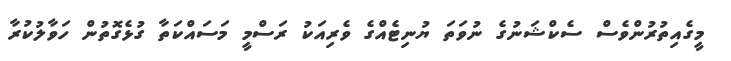
މީގެއިތުރުންވެސް ސެކްޝަނުގެ ނުވަަތަ ޔުނިޓެއްގެ ވެރިއަކު ރަސްމީ މަސައްކަތާ ގުޅެގޮތުން ހަވާލުކުރާ